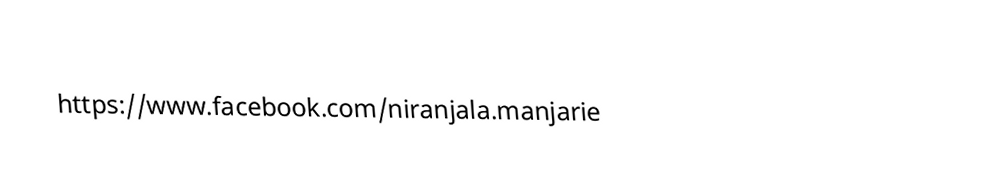
https://www.facebook.com/niranjala.manjarie